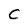
Character: C